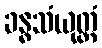
ခန္ဓသံယုတ္တံ